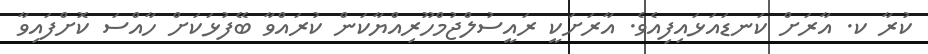
ކުރާ ކ. އާރަށް ކަނޑައަޅައިފިއެވެ. އާރަށަކީ ރައީސުލްޖުމްހޫރިއްޔާކަން ކުރައްވާ ބޭފުޅަކަށް ހާއްސަ ކޮށްފައިވާ